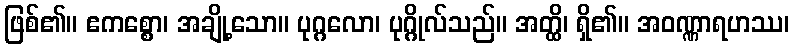
ဖြစ်၏။ ဧကစ္စော၊ အချို့သော။ ပုဂ္ဂလော၊ ပုဂ္ဂိုလ်သည်။ အတ္ထိ၊ ရှိ၏။ အဝဏ္ဏာရဟဿ၊